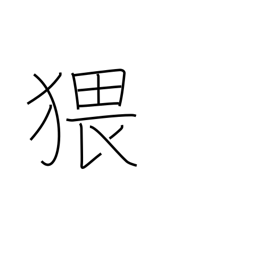
Meaning: obscene